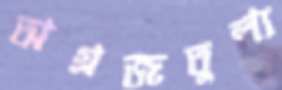
অগ্রজতুল্য